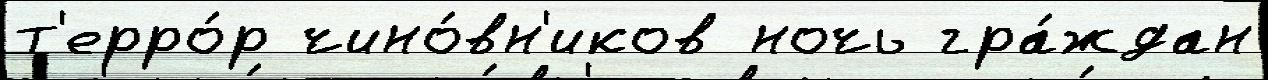
т'ерро́р чино́вн'иков ночь гра́ждан